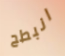
انبطح